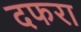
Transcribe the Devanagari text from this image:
दफरा